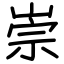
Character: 崇